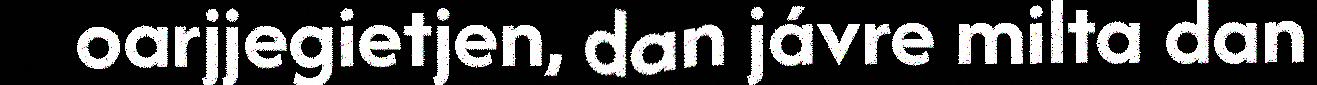
oarjjegietjen, dan jávre milta dan